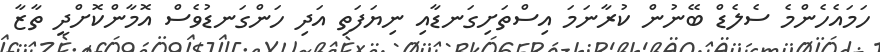
ހަމައެހެންމެ ސެލެޑް ބޭނުން ކުރާނަމަ އިސްތަށިގަނޑާއި ނިޔަފަތި އަދި ހަންގަނޑުވެސް އޮމާންކޮށްދީ ތާޒާ